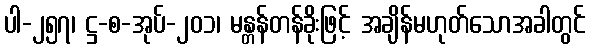
ပါ-၂၅၇၊ ဋ္ဌ-စ-အုပ်-၂၀၁၊ မန္တန်တန်ခိုးဖြင့် အချိန်မဟုတ်သောအခါတွင်